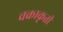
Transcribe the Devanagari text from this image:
चक्राकृती